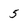
Character: 5